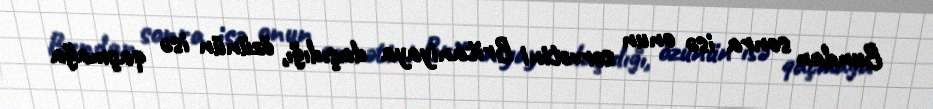
Bundan sonra isə onun sərvətini Britaniyaya daşıdığı, özünün isə qaçmağa